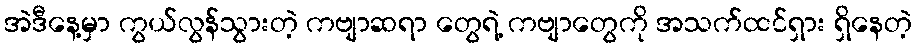
အဲဒီနေ့မှာ ကွယ်လွန်သွားတဲ့ ကဗျာဆရာ တွေရဲ့ ကဗျာတွေကို အသက်ထင်ရှား ရှိနေတဲ့